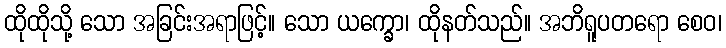
ထိုထိုသို့ သော အခြင်းအရာဖြင့်။ သော ယက္ခော၊ ထိုနတ်သည်။ အဘိရူပတရော စေဝ၊